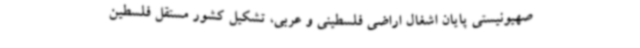
صهیونیستی پایان اشغال اراضی فلسطینی و عربی، تشکیل کشور مستقل فلسطین